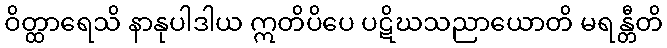
ဝိတ္ထာရေသိ နာနုပါဒါယ ဣတိပိပေ ပဋိဃသညာယောတိ မရန္တီတိ